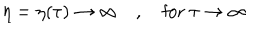
LaTeX: \eta = \eta ( \tau ) \to \infty \quad , \quad \mathrm { f o r } ~ \tau \to \infty